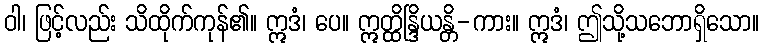
ဝါ၊ ဖြင့်လည်း သိထိုက်ကုန်၏။ ဣဒံ၊ ပေ။ ဣတ္ထိန္ဒြိယန္တိ-ကား။ ဣဒံ၊ ဤသို့သဘောရှိသော။